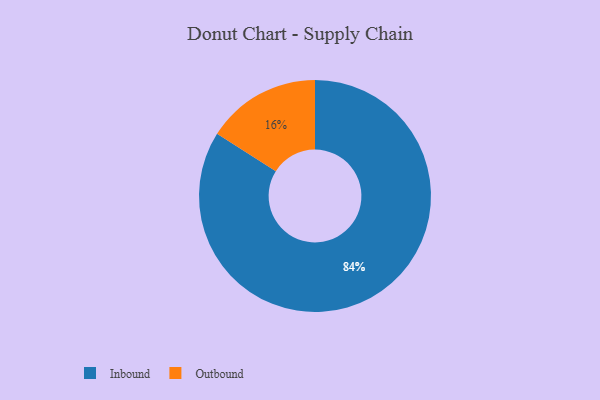
{"axis": {"x": "Category", "y": "Percentage"}, "legend": ["Inbound", "Outbound"], "data": [{"x": "Inbound", "y": 84, "type": "Inbound"}, {"x": "Outbound", "y": 16, "type": "Outbound"}]}